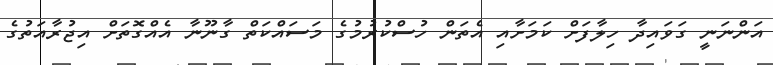
އަންނަނީ ގަވައިދާ ހިލާފަށް ކަމަށާއި އެތަން ހުސްކުރުމުގެ މަސައްކަތް ގާނޫނާ އެއްގޮތަށް އިޖުރާއަތުގެ